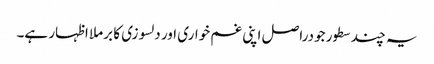
یہ چند سطور جودراصل اپنی غم خواری اور دلسوزی کا برملا اظہار ہے۔